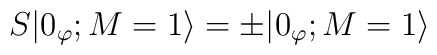
S|0_\varphi; M=1 \rangle = \pm|0_\varphi; M=1 \rangle